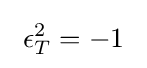
~\epsilon _{T}^{2}=-1~